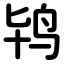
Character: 鸨